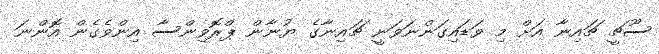
ސޫޗީ ޗައިނާ އަށް މި ވަޑައިގަންނަވަނީ ޗައިނާގެ ޔުނާން ޕްރޮވިންސާ އިންވެގެން އޮންނަ